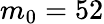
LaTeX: m_{0}=52